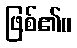
ဖြစ်၏။